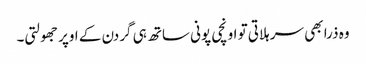
وہ ذرا بھی سر ہلاتی تو اونچی پونی ساتھ ہی گردن کے اوپر جھولتی۔